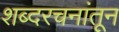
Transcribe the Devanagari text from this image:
शब्दरचनांतून